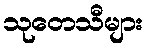
သုတေသီများ